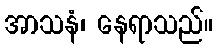
အာသနံ၊ နေရာသည်။